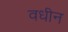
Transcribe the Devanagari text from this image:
वधीन